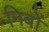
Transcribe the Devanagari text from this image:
निबों